Civil Veterinary Dept. North-West Frontier Province 1923-32 - 1923-1932
Year: 1923
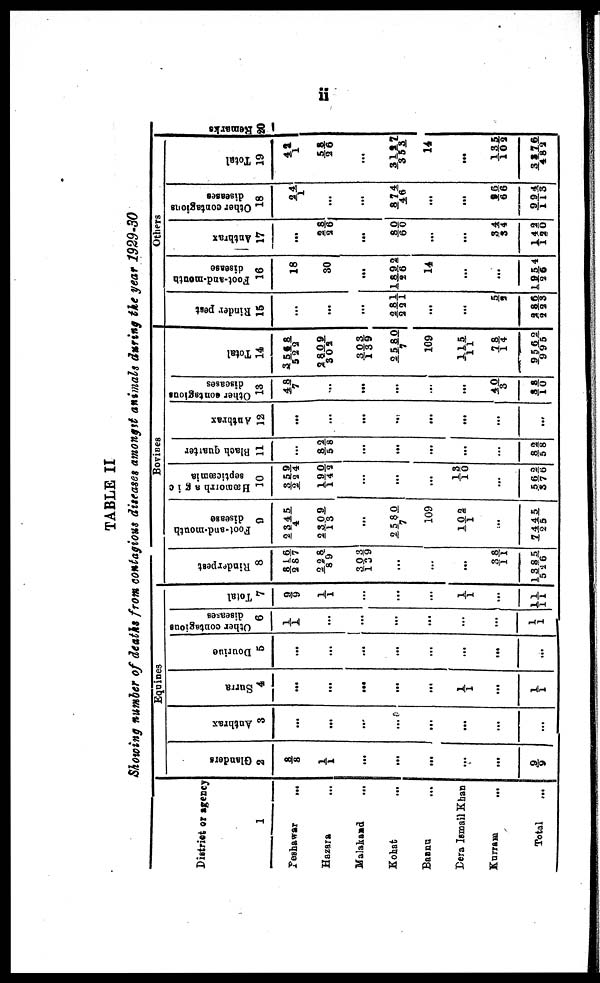
ii
TABLE II
Showing number of deaths from contagious diseases amongst animals during the year 1929-30
District or agency
1
Peshawar
...
Hazara
...
Malakand
...
Kohat ...
Bannu ...
Dera Ismail Khan
Kurram
...
Total …
Equines
Glanders
2
8/8
1/ 1
…
…
...
...
...
9/ 9
Anthrax
3
...
...
…
…
...
…
...
...
Surra
4
...
...
…
…
...
1/1
...
1/1
Douriue
5
...
...
…
…
...
...
...
...
Other contagious
diseases
6
1/ 1
...
…
…
...
...
...
1/ 1
Total
7
9/ 9
1/ 1
…
…
...
1/ 1
11/11
Bovines
Rinderpest
8
816/287
228/89
303/139
…
...
…
38/11
1385/526
Foot-and-mouth
disease
9
2345/4
2309/13
…
2580/7
109
102/1
7445/25
Hæmorrhagic
septicæmia
10
359/224
190/142
…
…
...
…
562/376
Blach quarter
11
…
82/58
…
…
...
…
82/58
Anthrax
12
...
...
…
…
...
…
...
Other contagions
diseases
13
48/7
...
…
…
...
…
40/3
88/10
Total
14
3568/522
2809/302
303/139
2580/7
109
115/11
11/14
9562/995
Others
Rinder pest
15
...
...
…
251/221
...
…
5/3
286/223
Foot-and-mouth
disease
16
18
30
…
189/26
14
…
…
1954/26
Anthrax
17
...
28/26
…
80/60
...
…
34/34
142/120
Other contagions
diseases
18
24/1
…
…
874/46
...
…
25/66
994/113
Total
19
42/1
58/26
…
3127/353
14
…
135/102
3376/482
Re ma r
ks
20